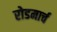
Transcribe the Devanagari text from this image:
रोडमार्च